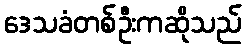
ဒေသခံတစ်ဦးကဆိုသည်